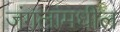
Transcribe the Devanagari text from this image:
जंगलांमधील